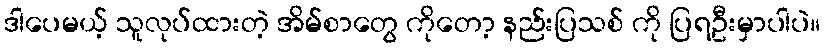
ဒါပေမယ့် သူလုပ်ထားတဲ့ အိမ်စာတွေ ကိုတော့ နည်းပြသစ် ကို ပြရဦးမှာပါပဲ။